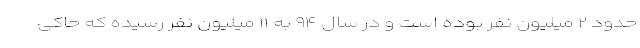
حدود ۲ میلیون نفر بوده است و در سال ۹۴ به ۱۱ میلیون نفر رسیده که حاکی